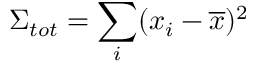
\Sigma _ { t o t } = \sum _ { i } ( x _ { i } - \overline { { x } } ) ^ { 2 }